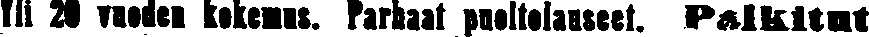
Yli 20 vuoden kokemus. Parhaat puoltolauseet. Palkitut